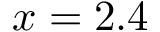
x = 2 . 4